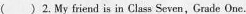
( ) 2. My friend is in Class Seven,Grade One.